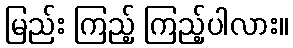
မြည်း ကြည့် ကြည့်ပါလား။